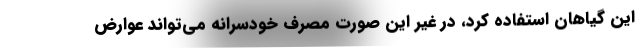
این گیاهان استفاده کرد، در غیر این صورت مصرف خودسرانه می‌تواند عوارض